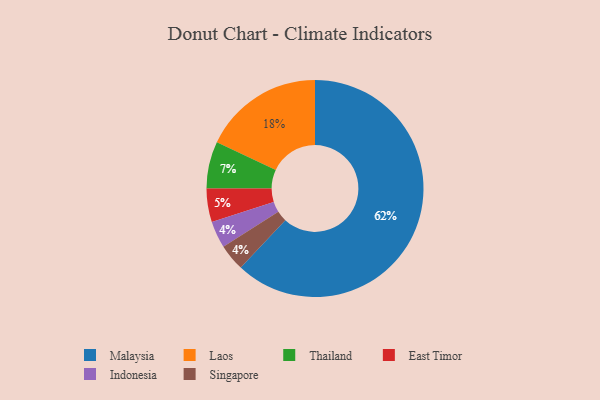
{"axis": {"x": "Category", "y": "Percentage"}, "legend": ["East Timor", "Indonesia", "Laos", "Malaysia", "Singapore", "Thailand"], "data": [{"x": "East Timor", "y": 5, "type": "East Timor"}, {"x": "Indonesia", "y": 4, "type": "Indonesia"}, {"x": "Malaysia", "y": 62, "type": "Malaysia"}, {"x": "Thailand", "y": 7, "type": "Thailand"}, {"x": "Laos", "y": 18, "type": "Laos"}, {"x": "Singapore", "y": 4, "type": "Singapore"}]}